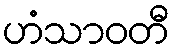
ဟံသာဝတီ